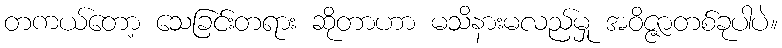
တကယ်တော့ သေခြင်းတရား ဆိုတာဟာ မသိနားမလည်မှု အဝိဇ္ဇာတစ်ခုပါပဲ။